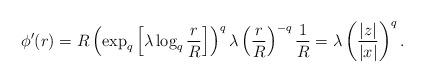
LaTeX: \begin{align*}\phi'(r)=R\left(\exp_{q}\left[\lambda \log_{q}\frac{r}{R}\right]\right)^{q}\lambda \left(\frac{r}{R}\right)^{-q}\frac{1}{R}=\lambda \left(\frac{|z|}{|x|}\right)^{q}.\end{align*}